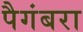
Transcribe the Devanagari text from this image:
पैगंबरा